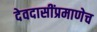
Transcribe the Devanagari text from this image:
देवदासींप्रमाणेच